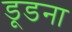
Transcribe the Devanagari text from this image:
डूडना